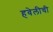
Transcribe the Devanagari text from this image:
हवेलीची